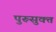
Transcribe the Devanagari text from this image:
पुरूसुक्त